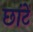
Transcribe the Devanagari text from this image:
छांटें